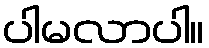
ပါမလာပါ။